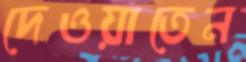
দেওয়াতেন